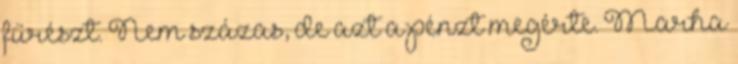
fűrészt. Nem százas, de azt a pénzt megérte. Marha